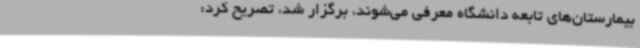
بیمارستان‌های تابعه دانشگاه معرفی می‌شوند، برگزار شد، تصریح کرد: